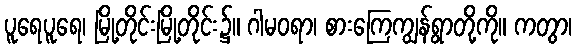
ပူရေပူရေ၊ မြို့တိုင်းမြို့တိုင်း၌။ ဂါမဝရာ၊ စားကြေကျွန်ရွာတို့ကို။ ကတွာ၊